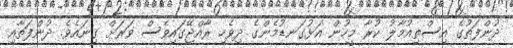
ދުންފަތުގެ އިސްތިއުމާލު ކުރާ މީހުން އަޅުގަނޑުމެންގެ ދިވެހި ރާއްޖޭގައިވެސް ވަރަށް ގިނައެވެ. ދުންފަތާއި